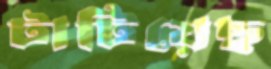
টাটিয়েছ